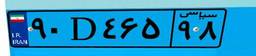
۳۸D۳۳۴۶۱